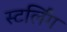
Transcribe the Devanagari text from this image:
स्टर्लिंग